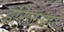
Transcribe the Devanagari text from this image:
हरिजन्वार